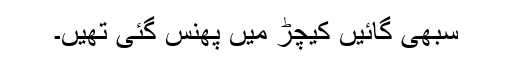
سبھی گائیں کیچڑ میں پھنس گئی تھیں۔